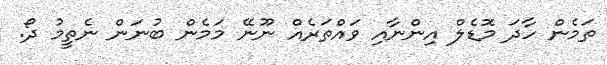
ތަމެން ހާދަ މޮޑެލް އިންނާއި ވައްތަރެއް ނޫނޭ މަމެން ބުނަން ނެތީމު ދޯ.